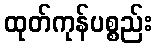
ထုတ်ကုန်ပစ္စည်း